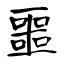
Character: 噩